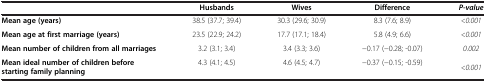
<table><thead><tr><td><b> </b></td><td><b>Husbands</b></td><td><b>Wives</b></td><td><b>Difference</b></td><td><b><i>P-value</i></b></td></tr></thead><tbody><tr><td><b>Mean age (years)</b></td><td>38.5 (37.7; 39.4)</td><td>30.3 (29.6; 30.9)</td><td>8.3 (7.6; 8.9)</td><td><i>&lt;0.001</i></td></tr><tr><td><b>Mean age at first marriage (years)</b></td><td>23.5 (22.9; 24.2)</td><td>17.7 (17.1; 18.4)</td><td>5.8 (4.9; 6.6)</td><td><i>&lt;0.001</i></td></tr><tr><td><b>Mean number of children from all marriages</b></td><td>3.2 (3.1; 3.4)</td><td>3.4 (3.3; 3.6)</td><td>-0.17 (-0.28; -0.07)</td><td><i>0.002</i></td></tr><tr><td><b>Mean ideal number of children before starting family planning</b></td><td>4.3 (4.1; 4.5)</td><td>4.6 (4.5; 4.7)</td><td>-0.37 (-0.15; -0.59)</td><td rowspan="2"><i>&lt;0.001</i></td></tr></tbody></table>